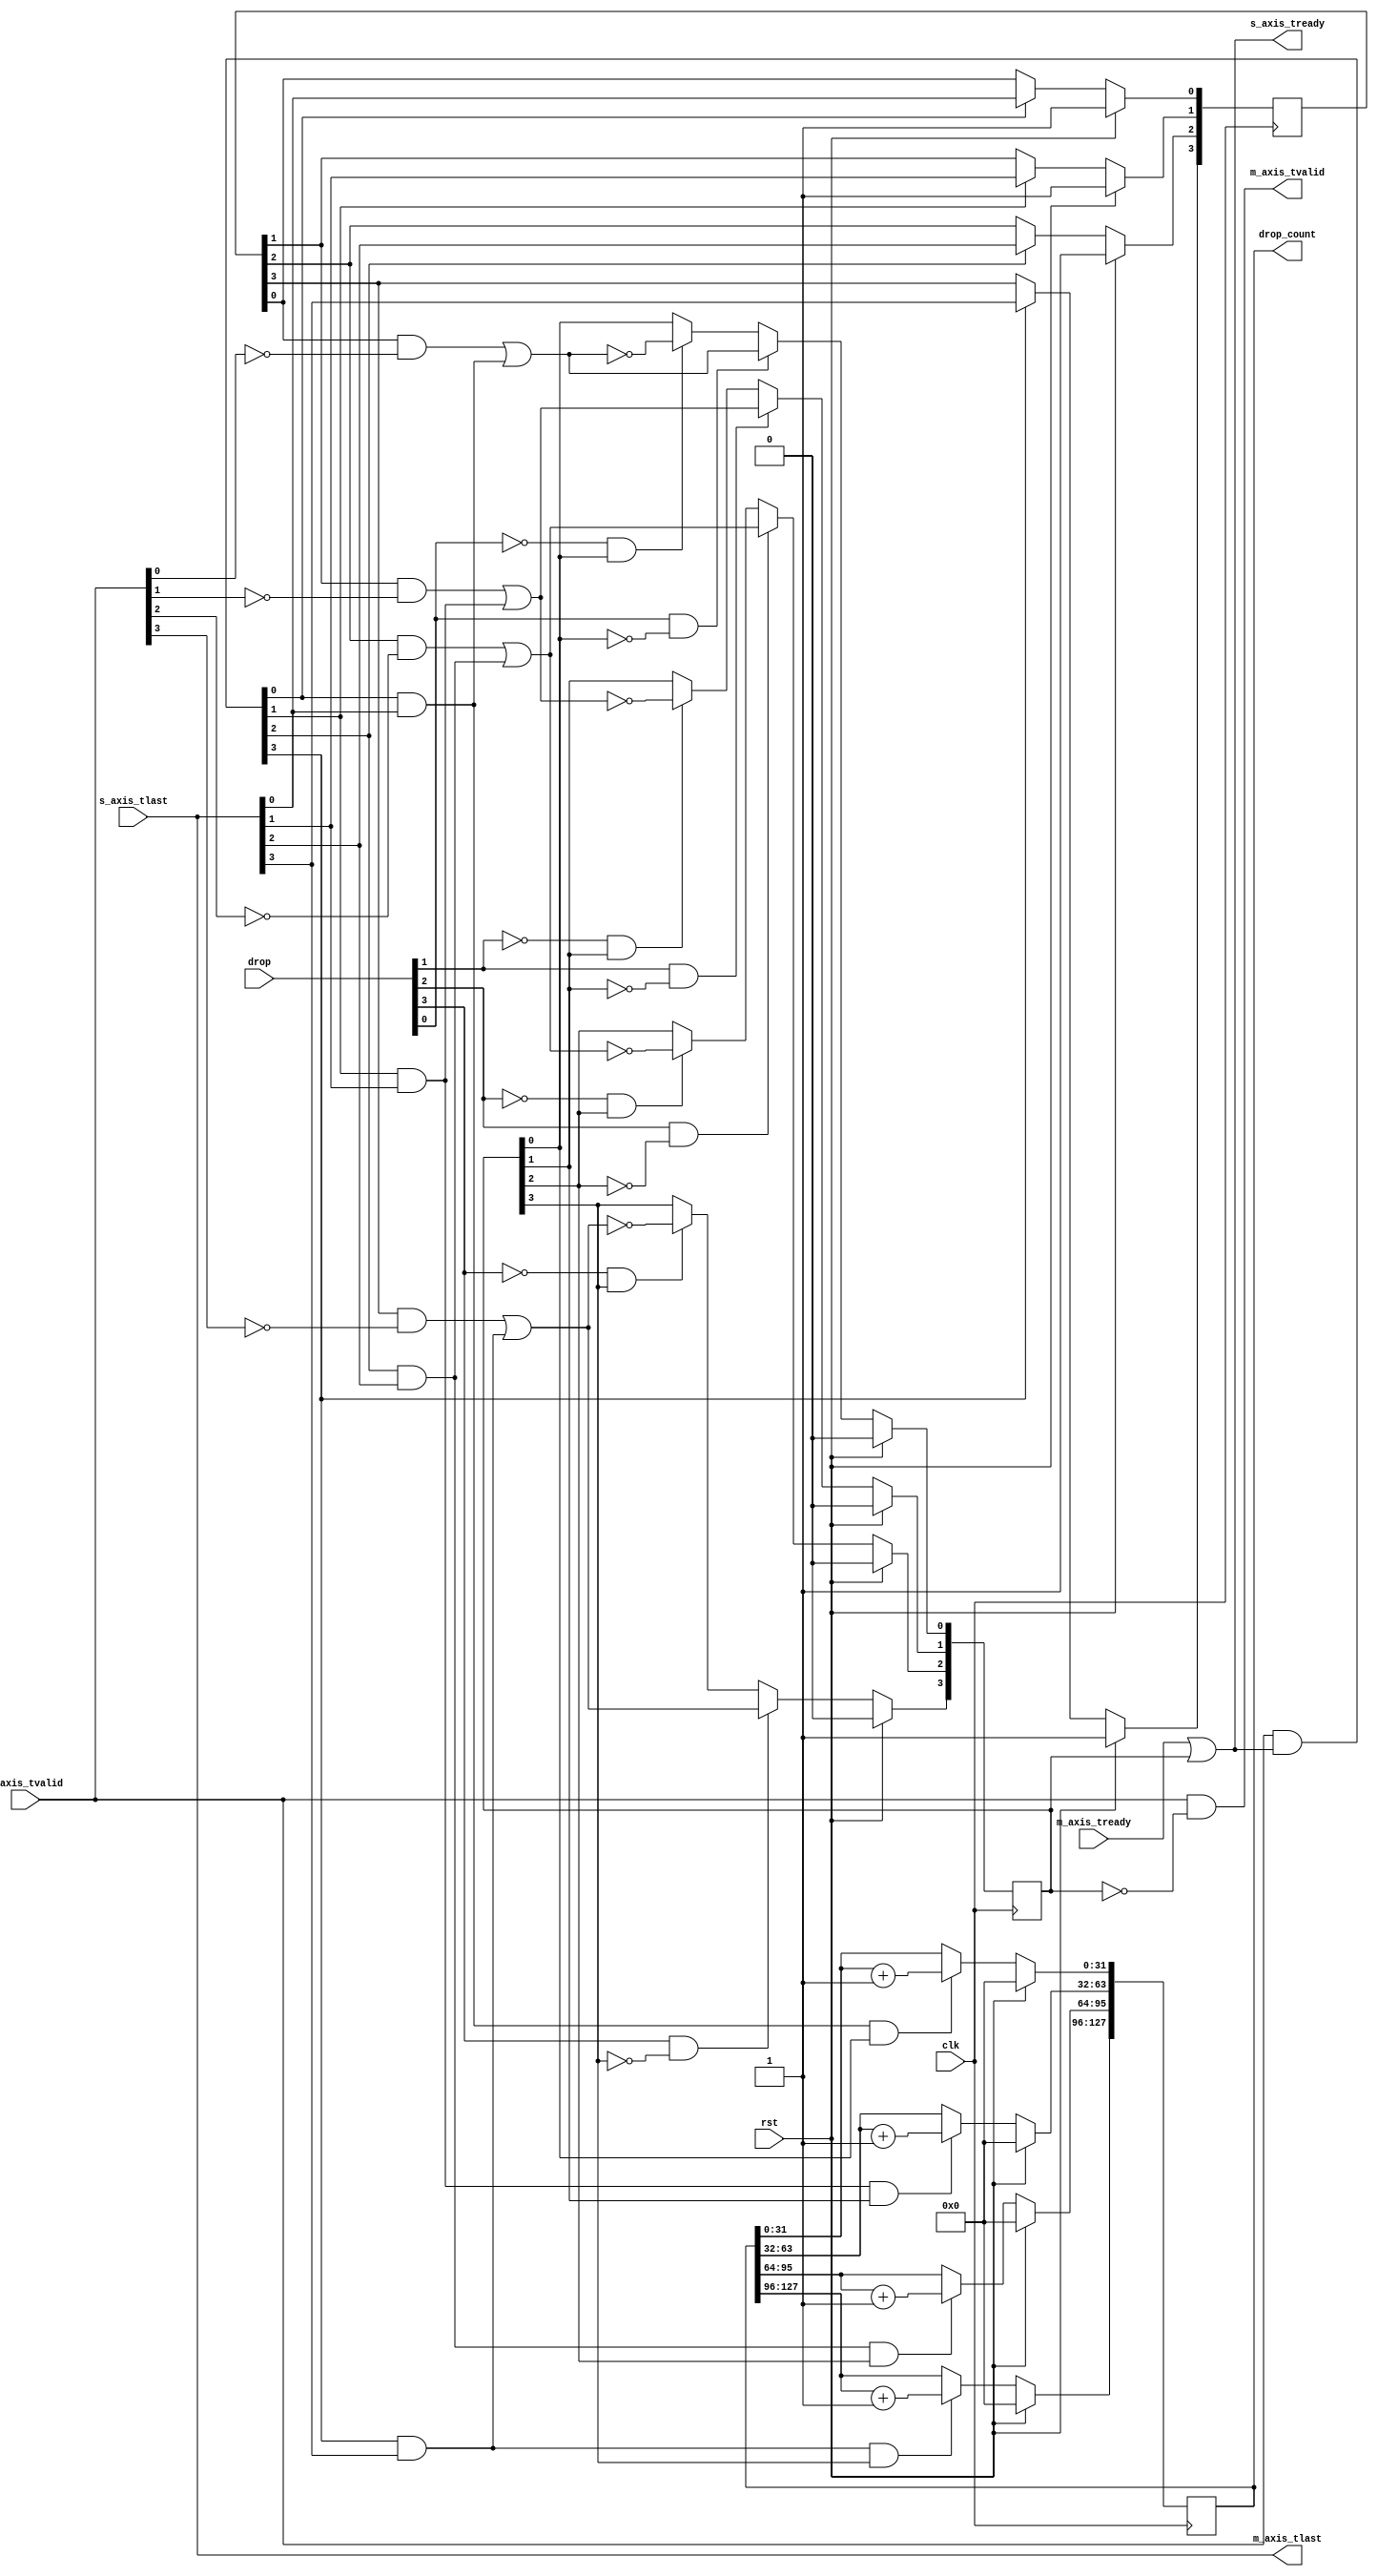
// This program was cloned from: https://github.com/ucsdsysnet/Rosebud
// License: MIT License

/*

Copyright (c) 2019-2021 Moein Khazraee

Permission is hereby granted, free of charge, to any person obtaining a copy
of this software and associated documentation files (the "Software"), to deal
in the Software without restriction, including without limitation the rights
to use, copy, modify, merge, publish, distribute, sublicense, and/or sell
copies of the Software, and to permit persons to whom the Software is
furnished to do so, subject to the following conditions:

The above copyright notice and this permission notice shall be included in
all copies or substantial portions of the Software.

THE SOFTWARE IS PROVIDED "AS IS", WITHOUT WARRANTY OF ANY KIND, EXPRESS OR
IMPLIED, INCLUDING BUT NOT LIMITED TO THE WARRANTIES OF MERCHANTABILITY
FITNESS FOR A PARTICULAR PURPOSE AND NONINFRINGEMENT. IN NO EVENT SHALL THE
AUTHORS OR COPYRIGHT HOLDERS BE LIABLE FOR ANY CLAIM, DAMAGES OR OTHER
LIABILITY, WHETHER IN AN ACTION OF CONTRACT, TORT OR OTHERWISE, ARISING FROM,
OUT OF OR IN CONNECTION WITH THE SOFTWARE OR THE USE OR OTHER DEALINGS IN
THE SOFTWARE.

*/

// Language: Verilog 2001

`resetall
`timescale 1ns / 1ps
`default_nettype none

// Sits on tvalid/tready/tlast to drop on packet boundaries.
// Based on SAME_CYCLE_DROP, adds 1 bit or 3bits logic for tvalid and tready
module axis_dropper # (
  parameter PORT_COUNT      = 4,
  parameter REG_FOR_DROP    = 0,
  parameter SAME_CYCLE_DROP = 0,
  parameter DROP_CNT_WIDTH  = 32
) (
  input  wire                                 clk,
  input  wire                                 rst,

  input  wire [PORT_COUNT-1:0]                drop,
  output reg  [PORT_COUNT*DROP_CNT_WIDTH-1:0] drop_count,

  input  wire [PORT_COUNT-1:0]                s_axis_tvalid,
  input  wire [PORT_COUNT-1:0]                s_axis_tlast,
  output wire [PORT_COUNT-1:0]                s_axis_tready,

  output wire [PORT_COUNT-1:0]                m_axis_tvalid,
  output wire [PORT_COUNT-1:0]                m_axis_tlast,
  input  wire [PORT_COUNT-1:0]                m_axis_tready
);

  // Register drop input if necessary
  reg [PORT_COUNT-1:0] drop_r;
  generate
    if (REG_FOR_DROP) begin

      always @ (posedge clk)
        if (rst)
          drop_r <= {PORT_COUNT{1'b0}};
        else
          drop_r <= drop;

    end else begin

      always @ (*)
          drop_r = drop;

    end
  endgenerate

  // Detect Start of Packet or idle
  reg [PORT_COUNT-1:0] SoP;
  // Register to keep dropping state
  reg [PORT_COUNT-1:0] dropping;
  integer i;
  wire [PORT_COUNT-1:0] s_axis_transaction = s_axis_tvalid & s_axis_tready;

  always @ (posedge clk)
    if (rst) begin
      SoP      <= {PORT_COUNT{1'b1}};
      dropping <= {PORT_COUNT{1'b0}};
    end else begin
      for (i=0;i<PORT_COUNT;i=i+1) begin
        if (s_axis_transaction[i]) // If there was a transaction
          SoP[i] <= s_axis_tlast[i]; // SoP becomes 1 only after tlast

        // When drop is asserted, if we have SAME_CYCLE_DROP, on IDLE or actual SoP
        // we start dropping, and if its in the middle of a packet we wait for tlast.
        // If we ignore corner case of drop signal being asserted at the same cycle
        // as SoP, we start dropping when IDLE or wait for tlast.
        if (drop_r[i] && !dropping[i])
          dropping[i] <= SAME_CYCLE_DROP ?
                                   (SoP[i] || (s_axis_transaction[i] && s_axis_tlast[i])):
            ((SoP[i] && !s_axis_tvalid[i]) || (s_axis_transaction[i] && s_axis_tlast[i]));
        // When drop is deasserted while dropping is set, if we have SAME_CYCLE_DROP,
        // either SoP, IDLE or tlast would deasserted the dropping. If we ignore the
        // corner case, only tlast or idle deasserts the dropping.
        else if (!drop_r[i] && dropping[i])
          dropping[i] <= SAME_CYCLE_DROP ?
                                  !(SoP[i] || (s_axis_transaction[i] && s_axis_tlast[i])):
           !((SoP[i] && !s_axis_tvalid[i]) || (s_axis_transaction[i] && s_axis_tlast[i]));
      end
    end    //READY!

  // Combinational logic for the outputs.
  // If we have SAME_CYCLE_DROP, if actual Stop and drop_r happen in the same cycle
  // we drop, and if SoP and deassertion of drop_r happen in the same cycle we ignore
  // the dropping register. In case of ignoring the corner case of same cycle, we
  // simply use the dropping register.
  wire [PORT_COUNT-1:0] to_drop = SAME_CYCLE_DROP ?
                (SoP & drop_r) | (dropping & ~(SoP & ~drop_r)) : dropping;

  assign m_axis_tlast  = s_axis_tlast;
  assign m_axis_tvalid = s_axis_tvalid & ~to_drop;
  assign s_axis_tready = m_axis_tready |  to_drop;

  integer j;
  always @ (posedge clk)
    if (rst)
      drop_count <= {PORT_COUNT*DROP_CNT_WIDTH{1'b0}};
    else
      for (j=0;j<PORT_COUNT;j=j+1)
        if (s_axis_transaction[j] && s_axis_tlast[j] && to_drop[j])
          drop_count [j*DROP_CNT_WIDTH +: DROP_CNT_WIDTH] =
            drop_count [j*DROP_CNT_WIDTH +: DROP_CNT_WIDTH] + 1;

endmodule

`resetall